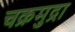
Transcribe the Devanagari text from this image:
चक्रमुद्रा